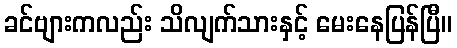
ခင်ဗျားကလည်း သိလျက်သားနှင့် မေးနေပြန်ပြီ။